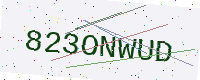
Text: 823ONWUD